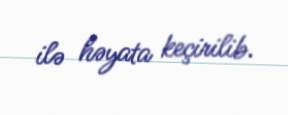
ilə həyata keçirilib.